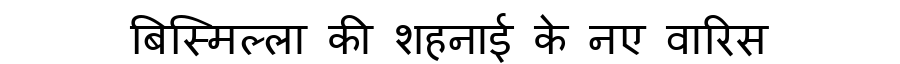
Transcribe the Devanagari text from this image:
बिस्मिल्ला की शहनाई के नए वारिस